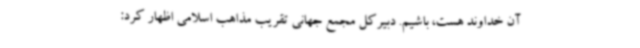
آن خداوند هست، باشیم. دبیرکل مجمع جهانی تقریب مذاهب اسلامی اظهار کرد: